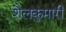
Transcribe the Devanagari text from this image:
शैलकुमारी